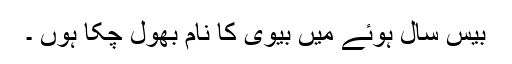
بیس سال ہوئے میں بیوی کا نام بھول چکا ہوں ۔